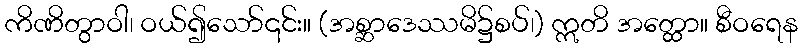
ကိဏိတွာဝါ၊ ဝယ်၍သော်၎င်း။ (အစ္ဆာဒေဿမိ၌စပ်၊) ဣတိ အတ္ထော။ စီဝရေန